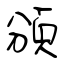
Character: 頒